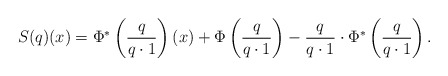
\begin{align*} S(q)(x) = \Phi^*\left(\frac q {q\cdot 1}\right)(x) + \Phi\left(\frac q {q\cdot 1}\right) - \frac q {q\cdot 1} \cdot\Phi^*\left(\frac q {q\cdot 1}\right).\end{align*}